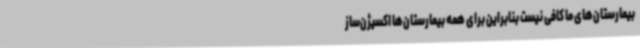
بیمارستان‌های ما کافی نیست بنابراین برای همه بیمارستان‌ها اکسیژن‌ساز